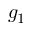
g _ { 1 }